Vaccination in Bombay 1874-1876 - 1874-1876
Year: 1874
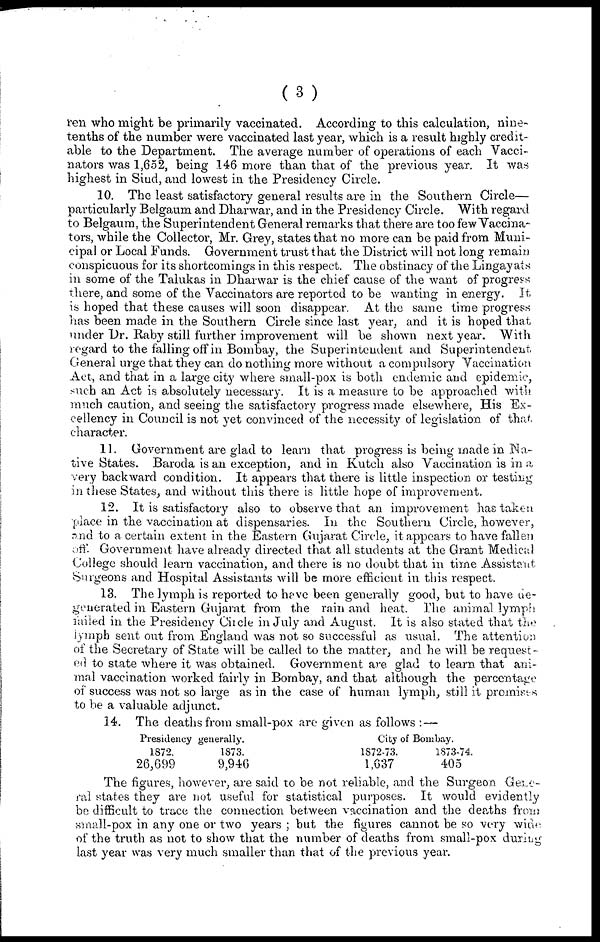
(3)
ren who might be primarily vaccinated. According to this calculation, nine-
tenths of the number were vaccinated last year, which is a result highly credit-
able to the Department. The average number of operations of each Vacci-
nators was 1,652, being 146 more than that of the previous year. It was
highest in Sind, and lowest in the Presidency Circle.
10. The least satisfactory general results are in the Southern Circle—
particularly Belgaum and Dharwar, and in the Presidency Circle. With regard
to Belgaum, the Superintendent General remarks that there are too few Vaccina-
tors, while the Collector, Mr. Grey, states that no more can be paid from Muni-
cipal or Local Funds. Government trust that the District will not long remain
conspicuous for its shortcomings in this respect. The obstinacy of the Lingayats
in some of the Talukas in Dharwar is the chief cause of the want of progress
there, and some of the Vaccinators are reported to be wanting in energy. It
is hoped that these causes will soon disappear. At the same time progress
has been made in the Southern Circle since last year, and it is hoped that
under Dr. Raby still further improvement will be shown next year. With
regard to the falling off in Bombay, the Superintendent and Superintendent
General urge that they can do nothing more without a compulsory Vaccination
Act, and that in a large city where small-pox is both endemic and epidemic,
such an Act is absolutely necessary. It is a measure to be approached with
much caution, and seeing the satisfactory progress made elsewhere, His Ex-
cellency in Council is not yet convinced of the necessity of legislation of that
character.
11. Government are glad to learn that progress is being made in Na-
tive States. Baroda is an exception, and in Kutch also Vaccination is in a
very backward condition. It appears that there is little inspection or testing
in these States, and without this there is little hope of improvement.
12. It is satisfactory also to observe that an improvement has taken
place in the vaccination at dispensaries. In the Southern Circle, however,
and to a certain extent in the Eastern Gujarat Circle, it appears to have fallen
off. Government have already directed that all students at the Grant Medical
College should learn vaccination, and there is no doubt that in time Assistant
Surgeons and Hospital Assistants will be more efficient in this respect.
13. The lymph is reported to have been generally good, but to have de-
generated in Eastern Gujarat from the rain and heat. The animal lymph
failed in the Presidency Circle in July and August. It is also stated that the
lymph sent out from England was not so successful as usual. The attention
of the Secretary of State will be called to the matter, and he will be request-
ed to state where it was obtained. Government are glad to learn that ani-
mal vaccination worked fairly in Bombay, and that although the percentage
of success was not so large as in the case of human lymph, still it promises
to be a valuable adjunct.
14. The deaths from small-pox are given as follows : —
Presidency generally.
1872.
26,699
1873.
9,946
City of Bombay.
1872-73.
1,637
1873-74.
405
The figures, however, are said to be not reliable, and the Surgeon Gene-
ral states they are not useful for statistical purposes. It would evidently
be difficult to trace the connection between vaccination and the deaths from
small-pox in any one or two years ; but the figures cannot be so very wide
of the truth as not to show that the number of deaths from small-pox during
last year was very much smaller than that of the previous year.